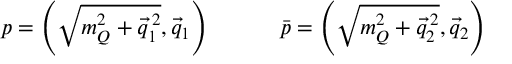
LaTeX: p = \left( \sqrt { m _ { Q } ^ { 2 } + \vec { q } _ { 1 } ^ { \, 2 } } , \vec { q } _ { 1 } \right) \qquad \quad \bar { p } = \left( \sqrt { m _ { Q } ^ { 2 } + \vec { q } _ { 2 } ^ { \, 2 } } , \vec { q } _ { 2 } \right)